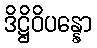
ဒိဋ္ဌိဝိပန္နော